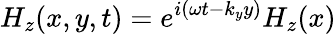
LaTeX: H_{z}(x,y,t)=e^{i(\omega t-k_{y}y)}H_{z}(x)